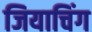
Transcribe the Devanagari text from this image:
जियाचिंग